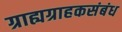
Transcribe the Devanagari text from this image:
ग्राह्यग्राहकसंबंध